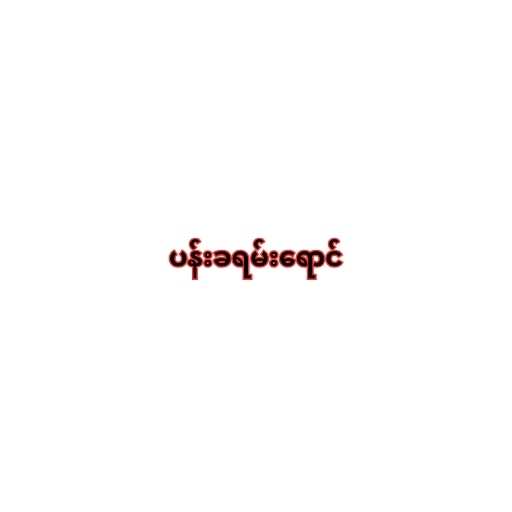
ပန်းခရမ်းရောင်